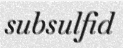
subsulfid